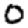
Digit: 0